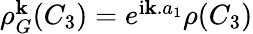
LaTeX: \begin{array}{r}{\rho_{G}^{\mathbf k}(C_{3})=e^{\mathrm{i}{\mathbf k}.a_{1}}\rho(C_{3})}\end{array}